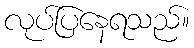
လုပ်ပြနေရသည်။